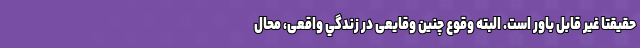
حقيقتا غير قابل باور است. البته وقوع چنين وقايعی در زندگي واقعی، محال